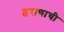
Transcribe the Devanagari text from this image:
इराणाची